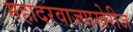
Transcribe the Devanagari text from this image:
महादरवाज्याखेरीज